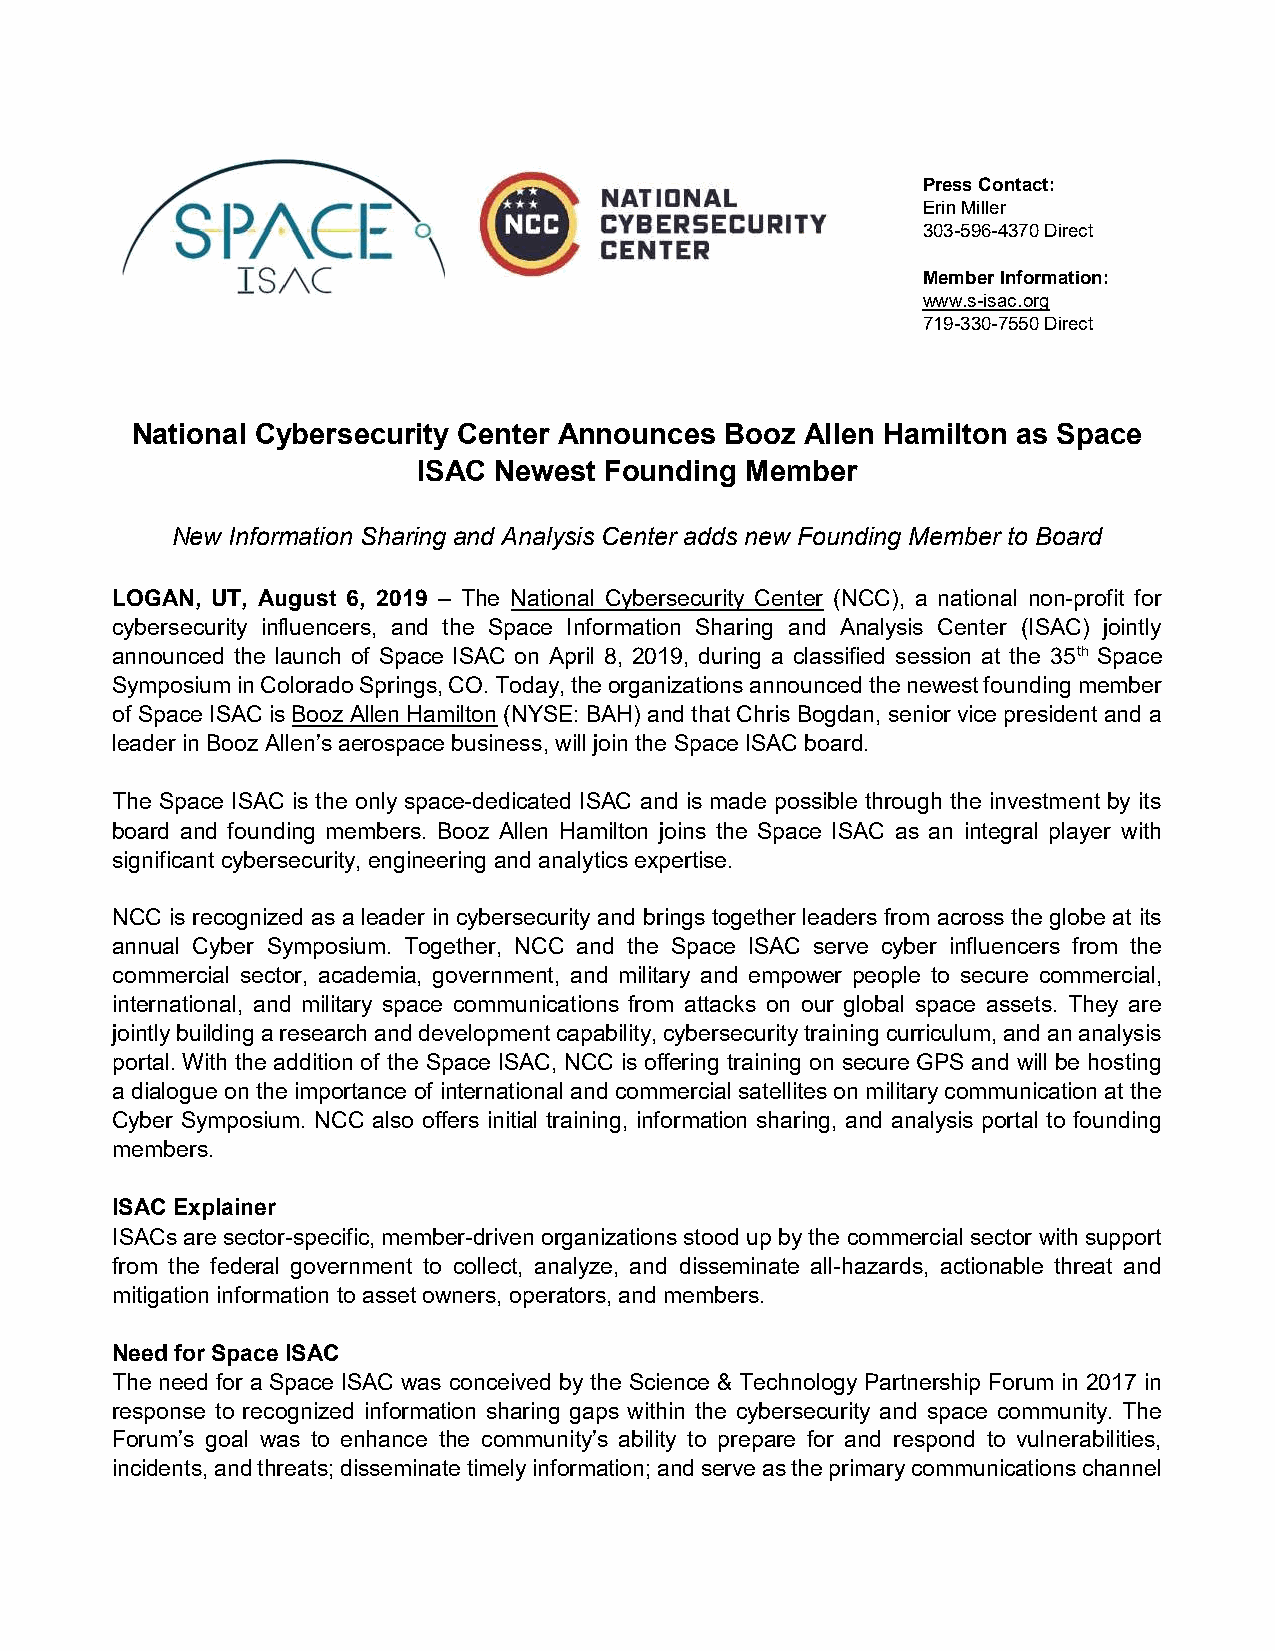
Press Contact:
 Erin Miller
 303-596-4370 Direct
 Member Information:
 www.s-isac.org
 719-330-7550 Direct
 National Cybersecurity Center Announces Booz Allen Hamilton as Space
 ISAC Newest Founding Member
 New Information Sharing and Analysis Center adds new Founding Member to Board
 LOGAN, UT, August 6, 2019 – The National Cybersecurity Center (NCC), a national non-profit for
 cybersecurity influencers, and the Space Information Sharing and Analysis Center (ISAC) jointly
 announced the launch of Space ISAC on April 8, 2019, during a classified session at the 35th Space
 Symposium in Colorado Springs, CO. Today, the organizations announced the newest founding member
 of Space ISAC is Booz Allen Hamilton (NYSE: BAH) and that Chris Bogdan, senior vice president and a
 leader in Booz Allen’s aerospace business, will join the Space ISAC board.
 The Space ISAC is the only space-dedicated ISAC and is made possible through the investment by its
 board and founding members. Booz Allen Hamilton joins the Space ISAC as an integral player with
 significant cybersecurity, engineering and analytics expertise.
 NCC is recognized as a leader in cybersecurity and brings together leaders from across the globe at its
 annual Cyber Symposium. Together, NCC and the Space ISAC serve cyber influencers from the
 commercial sector, academia, government, and military and empower people to secure commercial,
 international, and military space communications from attacks on our global space assets. They are
 jointly building a research and development capability, cybersecurity training curriculum, and an analysis
 portal. With the addition of the Space ISAC, NCC is offering training on secure GPS and will be hosting
 a dialogue on the importance of international and commercial satellites on military communication at the
 Cyber Symposium. NCC also offers initial training, information sharing, and analysis portal to founding
 members.
 ISAC Explainer
 ISACs are sector-specific, member-driven organizations stood up by the commercial sector with support
 from the federal government to collect, analyze, and disseminate all-hazards, actionable threat and
 mitigation information to asset owners, operators, and members.
 Need for Space ISAC
 The need for a Space ISAC was conceived by the Science & Technology Partnership Forum in 2017 in
 response to recognized information sharing gaps within the cybersecurity and space community. The
 Forum’s goal was to enhance the community’s ability to prepare for and respond to vulnerabilities,
 incidents, and threats; disseminate timely information; and serve as the primary communications channel